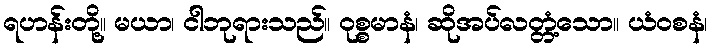
ရဟန်းတို့။ မယာ၊ ငါဘုရားသည်။ ဝုစ္စမာနံ၊ ဆိုအပ်လတ္တံ့သော။ ယံဝစနံ၊